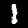
Label: 1